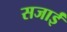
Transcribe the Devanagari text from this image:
सजाईं